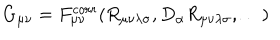
G _ { \mu \nu } = F _ { \mu \nu } ^ { c o r r } ( R _ { \mu \nu \lambda \sigma } , D _ { \alpha } R _ { \mu \nu \lambda \sigma } , \dots )